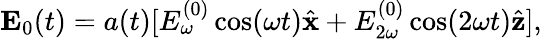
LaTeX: \mathbf{E}_{0}(t)=a(t)[E_{\omega}^{(0)}\cos(\omega t)\hat{\mathbf{x}}+E_{2\omega}^{(0)}\cos(2\omega t)\hat{\mathbf{z}}],